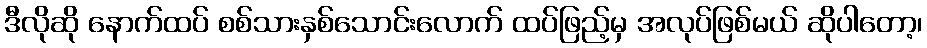
ဒီလိုဆို နောက်ထပ် စစ်သားနှစ်သောင်းလောက် ထပ်ဖြည့်မှ အလုပ်ဖြစ်မယ် ဆိုပါတော့၊